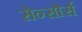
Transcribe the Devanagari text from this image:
सेन्सोर्स